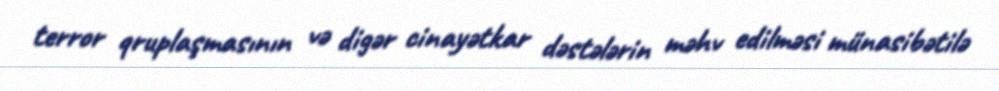
terror qruplaşmasının və digər cinayətkar dəstələrin məhv edilməsi münasibətilə